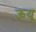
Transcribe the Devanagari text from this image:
ऊयू